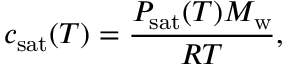
c _ { \mathrm { s a t } } ( T ) = \frac { P _ { \mathrm { s a t } } ( T ) M _ { \mathrm { w } } } { { \cal R } T } ,